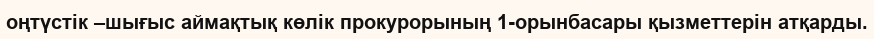
оңтүстік –шығыс аймақтық көлік прокурорының 1-орынбасары қызметтерін атқарды.